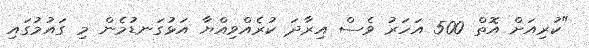
"ކުރިއަށް އޮތް 500 އަހަރު ވެސް އިރާދަ ކުރެއްވިއްޔާ އަޅުގަނޑުމެން މި ގައުމުގައި